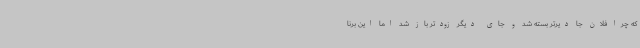
که چرا فلان جا دیرتر بسته شد و جای دیگر زودتر باز شد اما این برنا